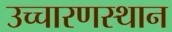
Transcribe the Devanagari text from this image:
उच्चारणस्थान